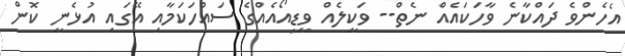
އެހެންވެ ދައްކާނެ ވާހަކައެއް ނެތް-- ވަކީލެއް ވީޑިއޯއެއްގެ ސައްހަކަމާއި އޭގައި އުޅެނީ ކޮން